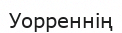
Уорреннің